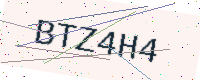
Text: BTZ4H4